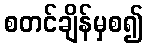
စတင်ချိန်မှစ၍